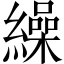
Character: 繰